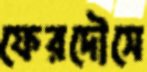
ফেরদৌসে